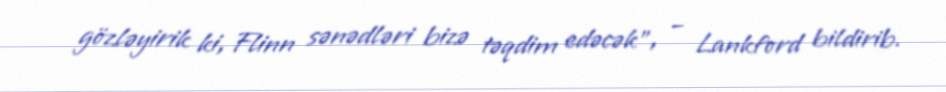
gözləyirik ki, Flinn sənədləri bizə təqdim edəcək”, – Lankford bildirib.